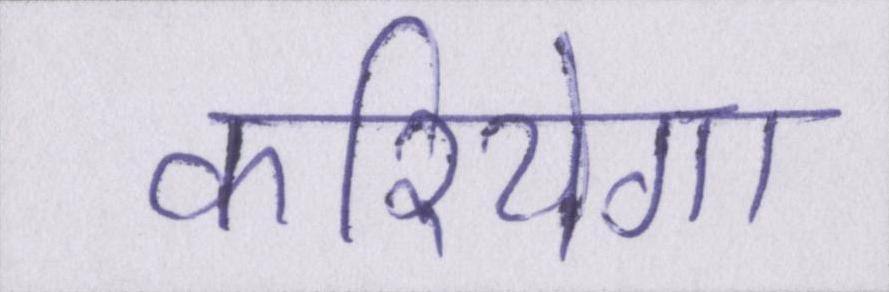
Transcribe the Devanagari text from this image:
करियेगा